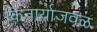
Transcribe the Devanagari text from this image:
किनार्याजवळ